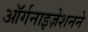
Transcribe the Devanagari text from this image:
ऑर्गनाइज़ेशनने